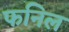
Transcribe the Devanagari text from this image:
फनिल